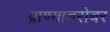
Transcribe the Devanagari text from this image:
प्राण्याबरोबर